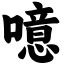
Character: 噫